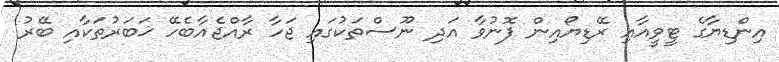
އިންޑިޔާގެ ޓީވީއާއި ރޭޑިޔޯއިން ފޮނުވާ އަދި ނޫސްތަކުގައި ޖަހާ ރާއްޖެއާބެހޭ ޚަބަރުތަކާއި ބޭރު